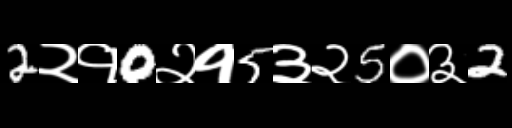
Text: 2२१0२१5३२5०३2